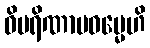
ဝိပရိဏာမဓမ္မေဟိ